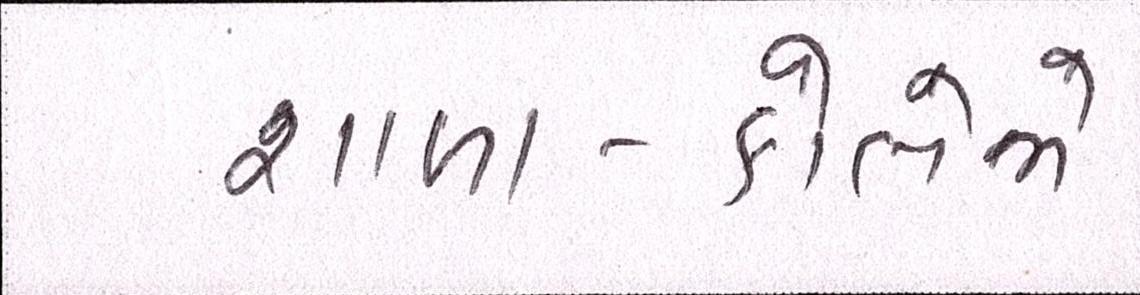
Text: શાળા-કોલેજો